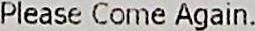
PLEASE COME AGAIN.